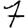
Digit: 7